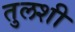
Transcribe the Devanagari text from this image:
तुलशी